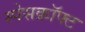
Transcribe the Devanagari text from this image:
स्पेसक्रॉफ्ट